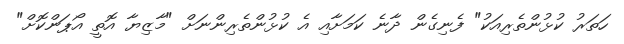
ހަތަރު ކުޅުންތެރިއަކު" ފެނިގެން ދާނެ ކަމަށާއި އެ ކުޅުންތެރިންނަށް "މާޒިޔާ އޮތީ އޯޕަންކޮށް"